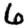
Digit: 6